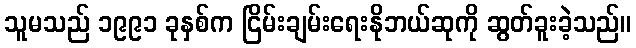
သူမသည် ၁၉၉၁ ခုနှစ်က ငြိမ်းချမ်းရေးနိုဘယ်ဆုကို ဆွတ်ခူးခဲ့သည်။